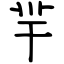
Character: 羋